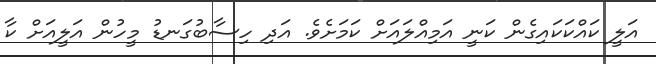
އަލީ ކައްކަކައިގެން ކަނީ އަމިއްލައަށް ކަމަށެވެ. އަދި ހިސާބުގަނޑު މީހުން އަލީއަށް ކާ